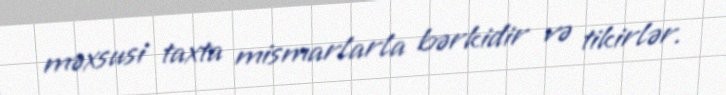
məxsusi taxta mismarlarla bərkidir və tikirlər.